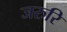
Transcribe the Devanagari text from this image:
जरुरि